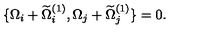
\{ \Omega _ { i } + \widetilde { \Omega } _ { i } ^ { ( 1 ) } , \Omega _ { j } + \widetilde { \Omega } _ { j } ^ { ( 1 ) } \} = 0 .